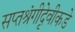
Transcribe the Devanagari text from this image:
सप्तश्रृंगीदेवीकडे